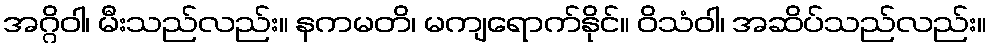
အဂ္ဂိဝါ၊ မီးသည်လည်း။ နကမတိ၊ မကျရောက်နိုင်။ ဝိသံဝါ၊ အဆိပ်သည်လည်း။